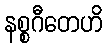
နစ္စဂီတေဟိ